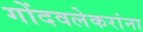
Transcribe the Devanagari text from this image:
गोंदवलेकरांना